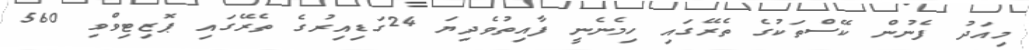
މިއަދު ފެނުން ކޭސްތަކުގެ ތެރޭގައި ހިމެނެނީ ފާއިތުވެދިޔަ 24ގަޑިއިރުގެ ތެރޭގައި ޕޮޒިޓިވްވި 560